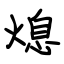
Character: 熄